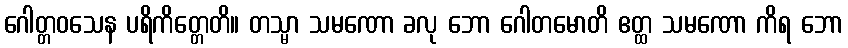
ဂေါတ္တဝသေန ပရိကိတ္တေတိ။ တသ္မာ သမဏော ခလု ဘော ဂေါတမောတိ ဧတ္ထ သမဏော ကိရ ဘော